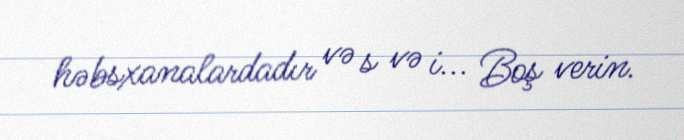
həbsxanalardadır və s və i... Boş verin.